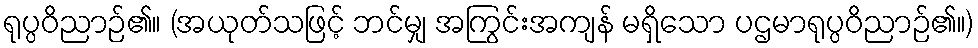
ရုပ္ပဝိညာဉ်၏။ (အယုတ်သဖြင့် ဘင်မျှ အကြွင်းအကျန် မရှိသော ပဌမာရုပ္ပဝိညာဉ်၏။)